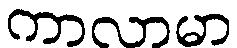
ကာလာမာ